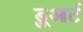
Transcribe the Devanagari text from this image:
डु्आर्ट